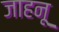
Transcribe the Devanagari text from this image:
जाहनू